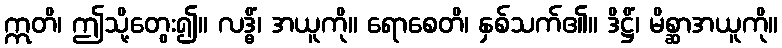
ဣတိ၊ ဤသို့တွေး၍။ လဒ္ဓိံ၊ အယူကို။ ရောစေတိ၊ နှစ်သက်၏။ ဒိဋ္ဌိံ၊ မိစ္ဆာအယူကို။